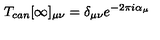
T _ { c a n } [ \infty ] _ { \mu \nu } = \delta _ { \mu \nu } e ^ { - 2 \pi i \alpha _ { \mu } }